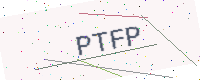
Text: PTFP